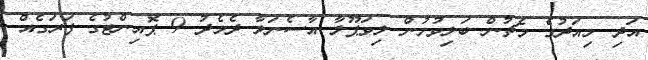
އަދި މިއަދުގެ މެޗުން ބަލިވުމުން ލިވަޕޫލާ އާސެނަލާ ދެމެދު 9 ޕޮއިންޓުގެ ފަރަގެއް